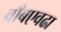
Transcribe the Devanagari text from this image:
बाँबएवढा